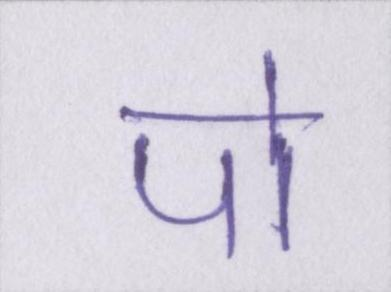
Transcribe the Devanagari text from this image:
पो